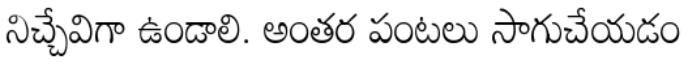
నిచ్చేవిగా ఉండాలి. అంతర పంటలు సాగుచేయడం